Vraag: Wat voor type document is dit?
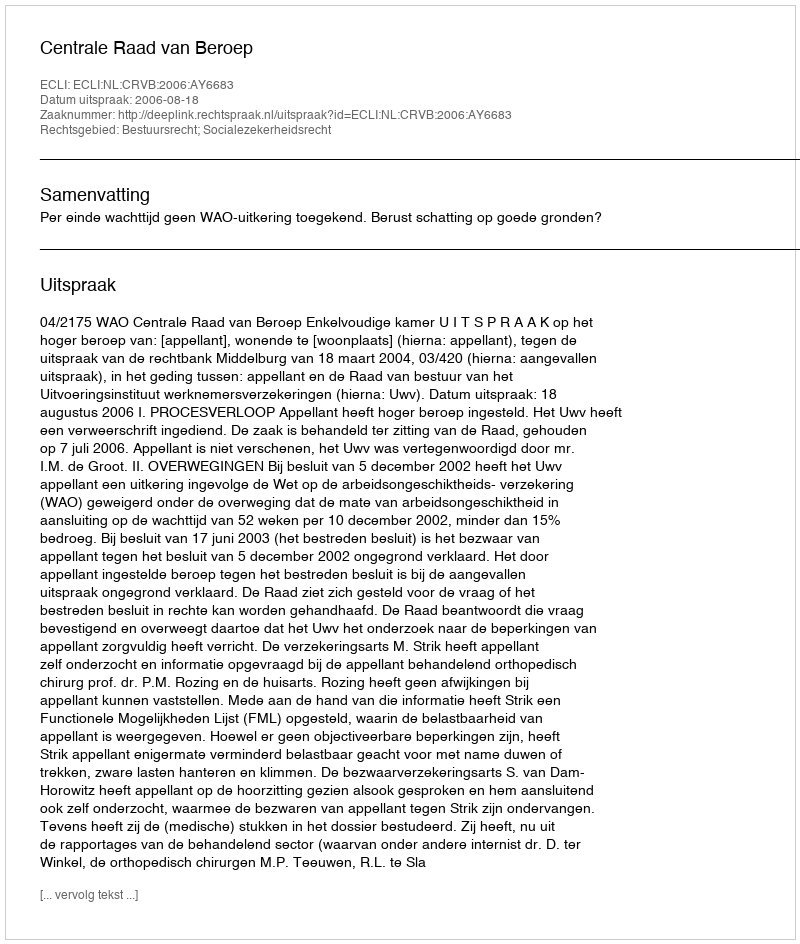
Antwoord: Uitspraak